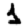
Digit: 1